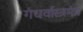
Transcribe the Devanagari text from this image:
गंधर्वास्त्रमंत्र